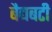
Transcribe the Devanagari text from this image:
बैद्यबटी